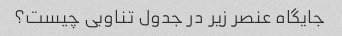
جایگاه عنصر زیر در جدول تناوبی چیست؟